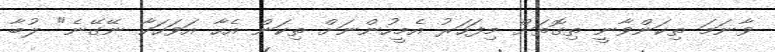
ވާނަމަ ތިކަންވާނީ ތިގޮތަށް މިފަހަރު އެމީހުންނަށް ތިކަން އެހާ އަވަހަކާ ނޭގޭނެ" ލުބާ